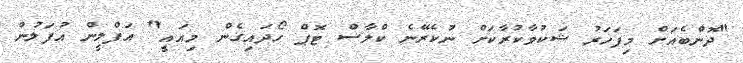
"ދޮންބެއަށް މިފަހަރު ޝަކުވާކުރާކަށް ނުކެރޭނެ ކްލާސް ޓޮޕް ހޯދައިގެން މިއައީ" އަފްލީން އުފަލުން